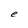
Character: e